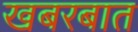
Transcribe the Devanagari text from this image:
खबरबात